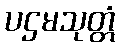
ပဌမသုတ္တံ